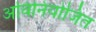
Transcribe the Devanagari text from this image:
अविनियोजित